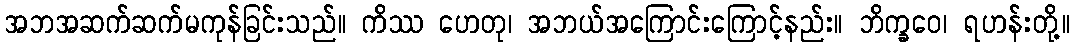
အဘအဆက်ဆက်မကုန်ခြင်းသည်။ ကိဿ ဟေတု၊ အဘယ်အကြောင်းကြောင့်နည်း။ ဘိက္ခဝေ၊ ရဟန်းတို့။